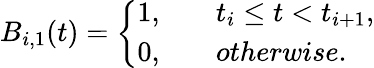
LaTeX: B_{i,1}(t)=\left\{ \begin{array}{ll}{1,\quad}&{t_{i}\leq t<t_{i+1},}\\ {0,\quad}&{otherwise.}\end{array}\right.